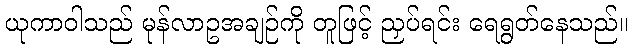
ယုကာဝါသည် မုန်လာဥအချဉ်ကို တူဖြင့် ညှပ်ရင်း ရေရွတ်နေသည်။